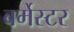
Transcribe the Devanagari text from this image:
बर्मेस्टर